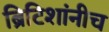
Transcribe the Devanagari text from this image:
ब्रिटिशांनीच